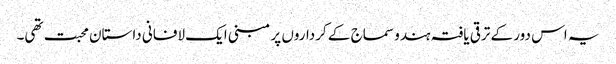
یہ اس دور کے ترقی یافتہ ہندو سماج کے کرداروں پر مبنی ایک لافانی داستان محبت تھی۔